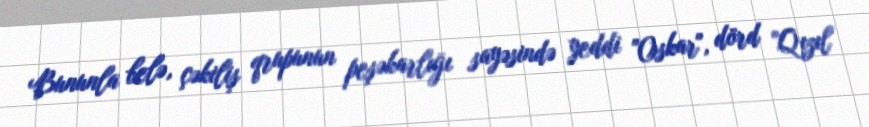
Bununla belə, çəkiliş qrupunun peşəkarlığı sayəsində yeddi "Oskar", dörd "Qızıl